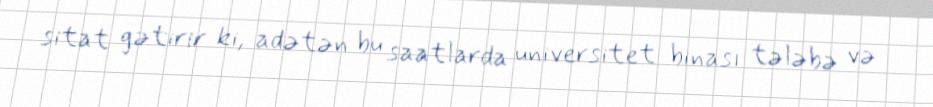
sitat gətirir ki, adətən bu saatlarda universitet binası tələbə və